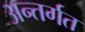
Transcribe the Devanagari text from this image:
अन्तर्गत